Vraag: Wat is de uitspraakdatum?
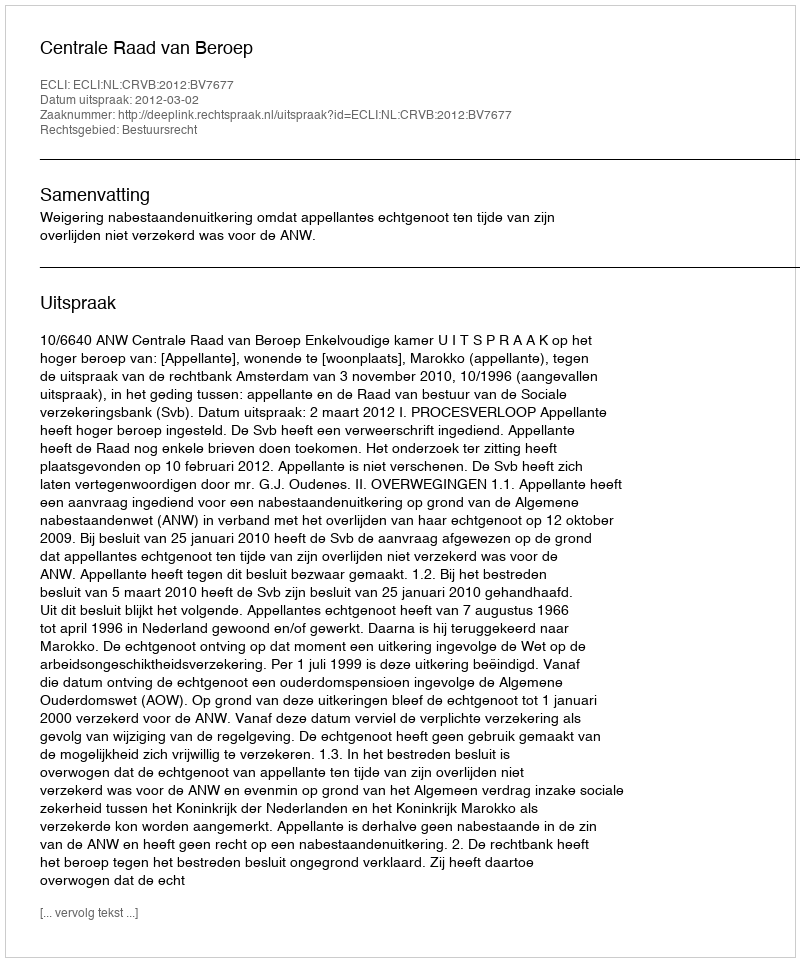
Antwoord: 2012-03-02